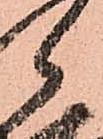
郎